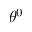
\theta ^ { 0 }